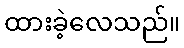
ထားခဲ့လေသည်။